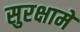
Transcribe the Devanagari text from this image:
सुरक्षामें